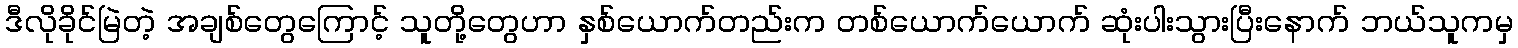
ဒီလိုခိုင်မြဲတဲ့ အချစ်တွေကြောင့် သူတို့တွေဟာ နှစ်ယောက်တည်းက တစ်ယောက်ယောက် ဆုံးပါးသွားပြီးနောက် ဘယ်သူကမှ